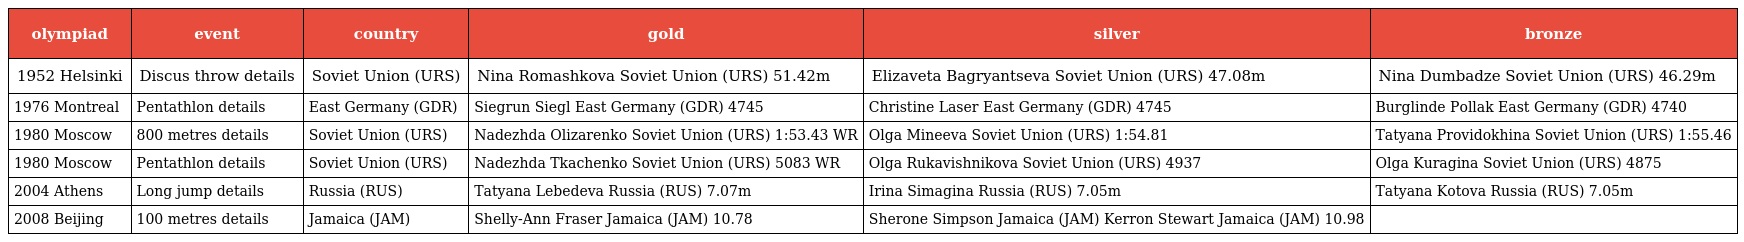
| olympiad | event | country | gold | silver | bronze |
 | --- | --- | --- | --- | --- | --- |
 | 1952 Helsinki | Discus throw details | Soviet Union (URS) | Nina Romashkova Soviet Union (URS) 51.42m | Elizaveta Bagryantseva Soviet Union (URS) 47.08m | Nina Dumbadze Soviet Union (URS) 46.29m |
 | 1976 Montreal | Pentathlon details | East Germany (GDR) | Siegrun Siegl East Germany (GDR) 4745 | Christine Laser East Germany (GDR) 4745 | Burglinde Pollak East Germany (GDR) 4740 |
 | 1980 Moscow | 800 metres details | Soviet Union (URS) | Nadezhda Olizarenko Soviet Union (URS) 1:53.43 WR | Olga Mineeva Soviet Union (URS) 1:54.81 | Tatyana Providokhina Soviet Union (URS) 1:55.46 |
 | 1980 Moscow | Pentathlon details | Soviet Union (URS) | Nadezhda Tkachenko Soviet Union (URS) 5083 WR | Olga Rukavishnikova Soviet Union (URS) 4937 | Olga Kuragina Soviet Union (URS) 4875 |
 | 2004 Athens | Long jump details | Russia (RUS) | Tatyana Lebedeva Russia (RUS) 7.07m | Irina Simagina Russia (RUS) 7.05m | Tatyana Kotova Russia (RUS) 7.05m |
 | 2008 Beijing | 100 metres details | Jamaica (JAM) | Shelly-Ann Fraser Jamaica (JAM) 10.78 | Sherone Simpson Jamaica (JAM) Kerron Stewart Jamaica (JAM) 10.98 |  |